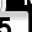
Digit: 5